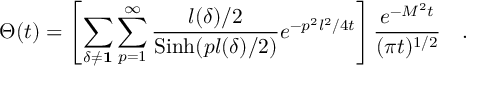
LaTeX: \Theta ( t ) = \left[ \sum _ { \delta \neq { \bf 1 } } \sum _ { p = 1 } ^ { \infty } { \frac { l ( \delta ) / 2 } { \mathrm { S i n h } ( p l ( \delta ) / 2 ) } } e ^ { - p ^ { 2 } l ^ { 2 } / 4 t } \right] { \frac { e ^ { - M ^ { 2 } t } } { ( \pi t ) ^ { 1 / 2 } } } \quad .